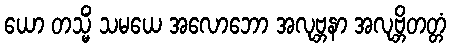
ယော တသ္မိံ သမယေ အလောဘော အလုဗ္ဘနာ အလုဗ္ဘိတတ္တံ